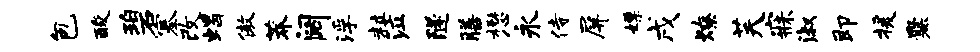
包酸碧塞改蝎傲莽阔浮粒泣隧膳懋永侍屏嫖戌燎芙寐淑即援爨